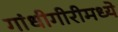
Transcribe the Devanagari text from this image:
गांधीगीरीमध्ये